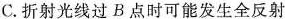
C.折射光线过B点时可能发生全反射